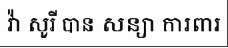
វ៉ា សូរី បាន សន្យា ការពារ